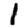
Digit: 1